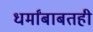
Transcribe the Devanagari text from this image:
धर्मांबाबतही